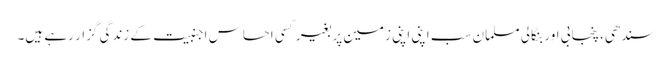
سندھی، پنجابی اور بنگالی مسلمان سب اپنی اپنی زمین پر بغیر کسی احساس اجنبیت کے زندگی گزار رہے ہیں۔